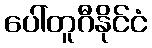
ပေါ်တူဂီနိုင်ငံ